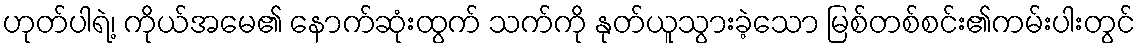
ဟုတ်ပါရဲ့၊ ကိုယ်အမေ၏ နောက်ဆုံးထွက် သက်ကို နုတ်ယူသွားခဲ့သော မြစ်တစ်စင်း၏ကမ်းပါးတွင်